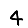
Digit: 4